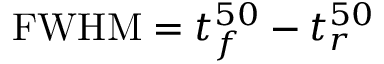
\mathrm { F W H M } = t _ { f } ^ { 5 0 } - t _ { r } ^ { 5 0 }